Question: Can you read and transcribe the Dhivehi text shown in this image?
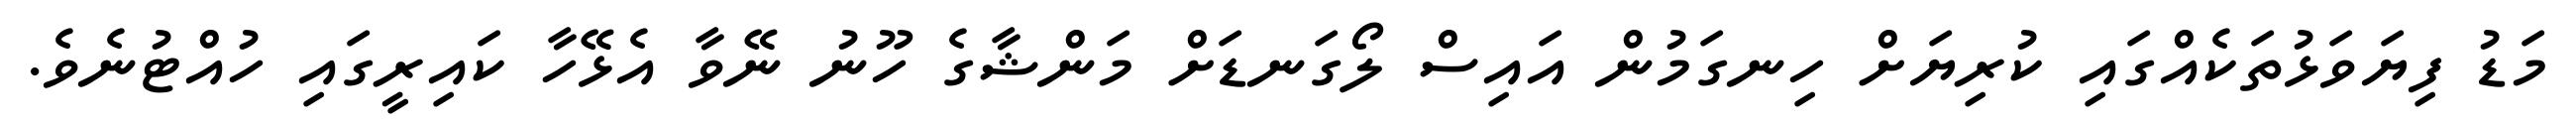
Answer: މަޑު ފިޔަވަޅުތަކެއްގައި ކުރިޔަށް ހިނގަމުން އައިސް ލޯގަނޑަށް މަންޝާގެ ހޫނު ނޭވާ އެޅޭހާ ކައިރީގައި ހުއްޓުނެވެ.